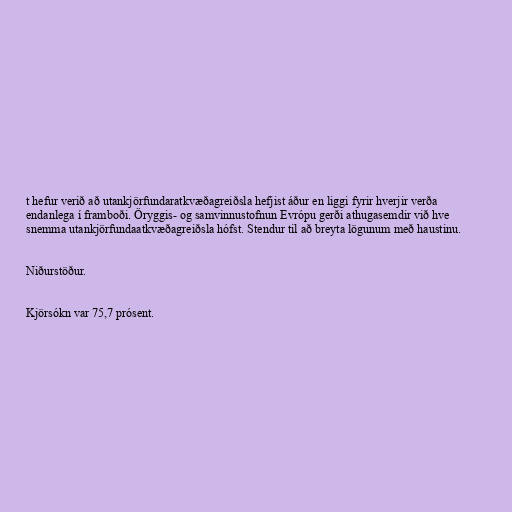
t hefur verið að utankjörfundaratkvæðagreiðsla hefjist áður en liggi fyrir hverjir verða
endanlega í framboði. Öryggis- og samvinnustofnun Evrópu gerði athugasemdir við hve
snemma utankjörfundaatkvæðagreiðsla hófst. Stendur til að breyta lögunum með haustinu.

Niðurstöður.

Kjörsókn var 75,7 prósent.